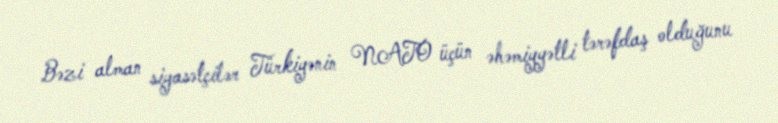
Bəzi alman siyasətçilər Türkiyənin NATO üçün əhəmiyyətli tərəfdaş olduğunu